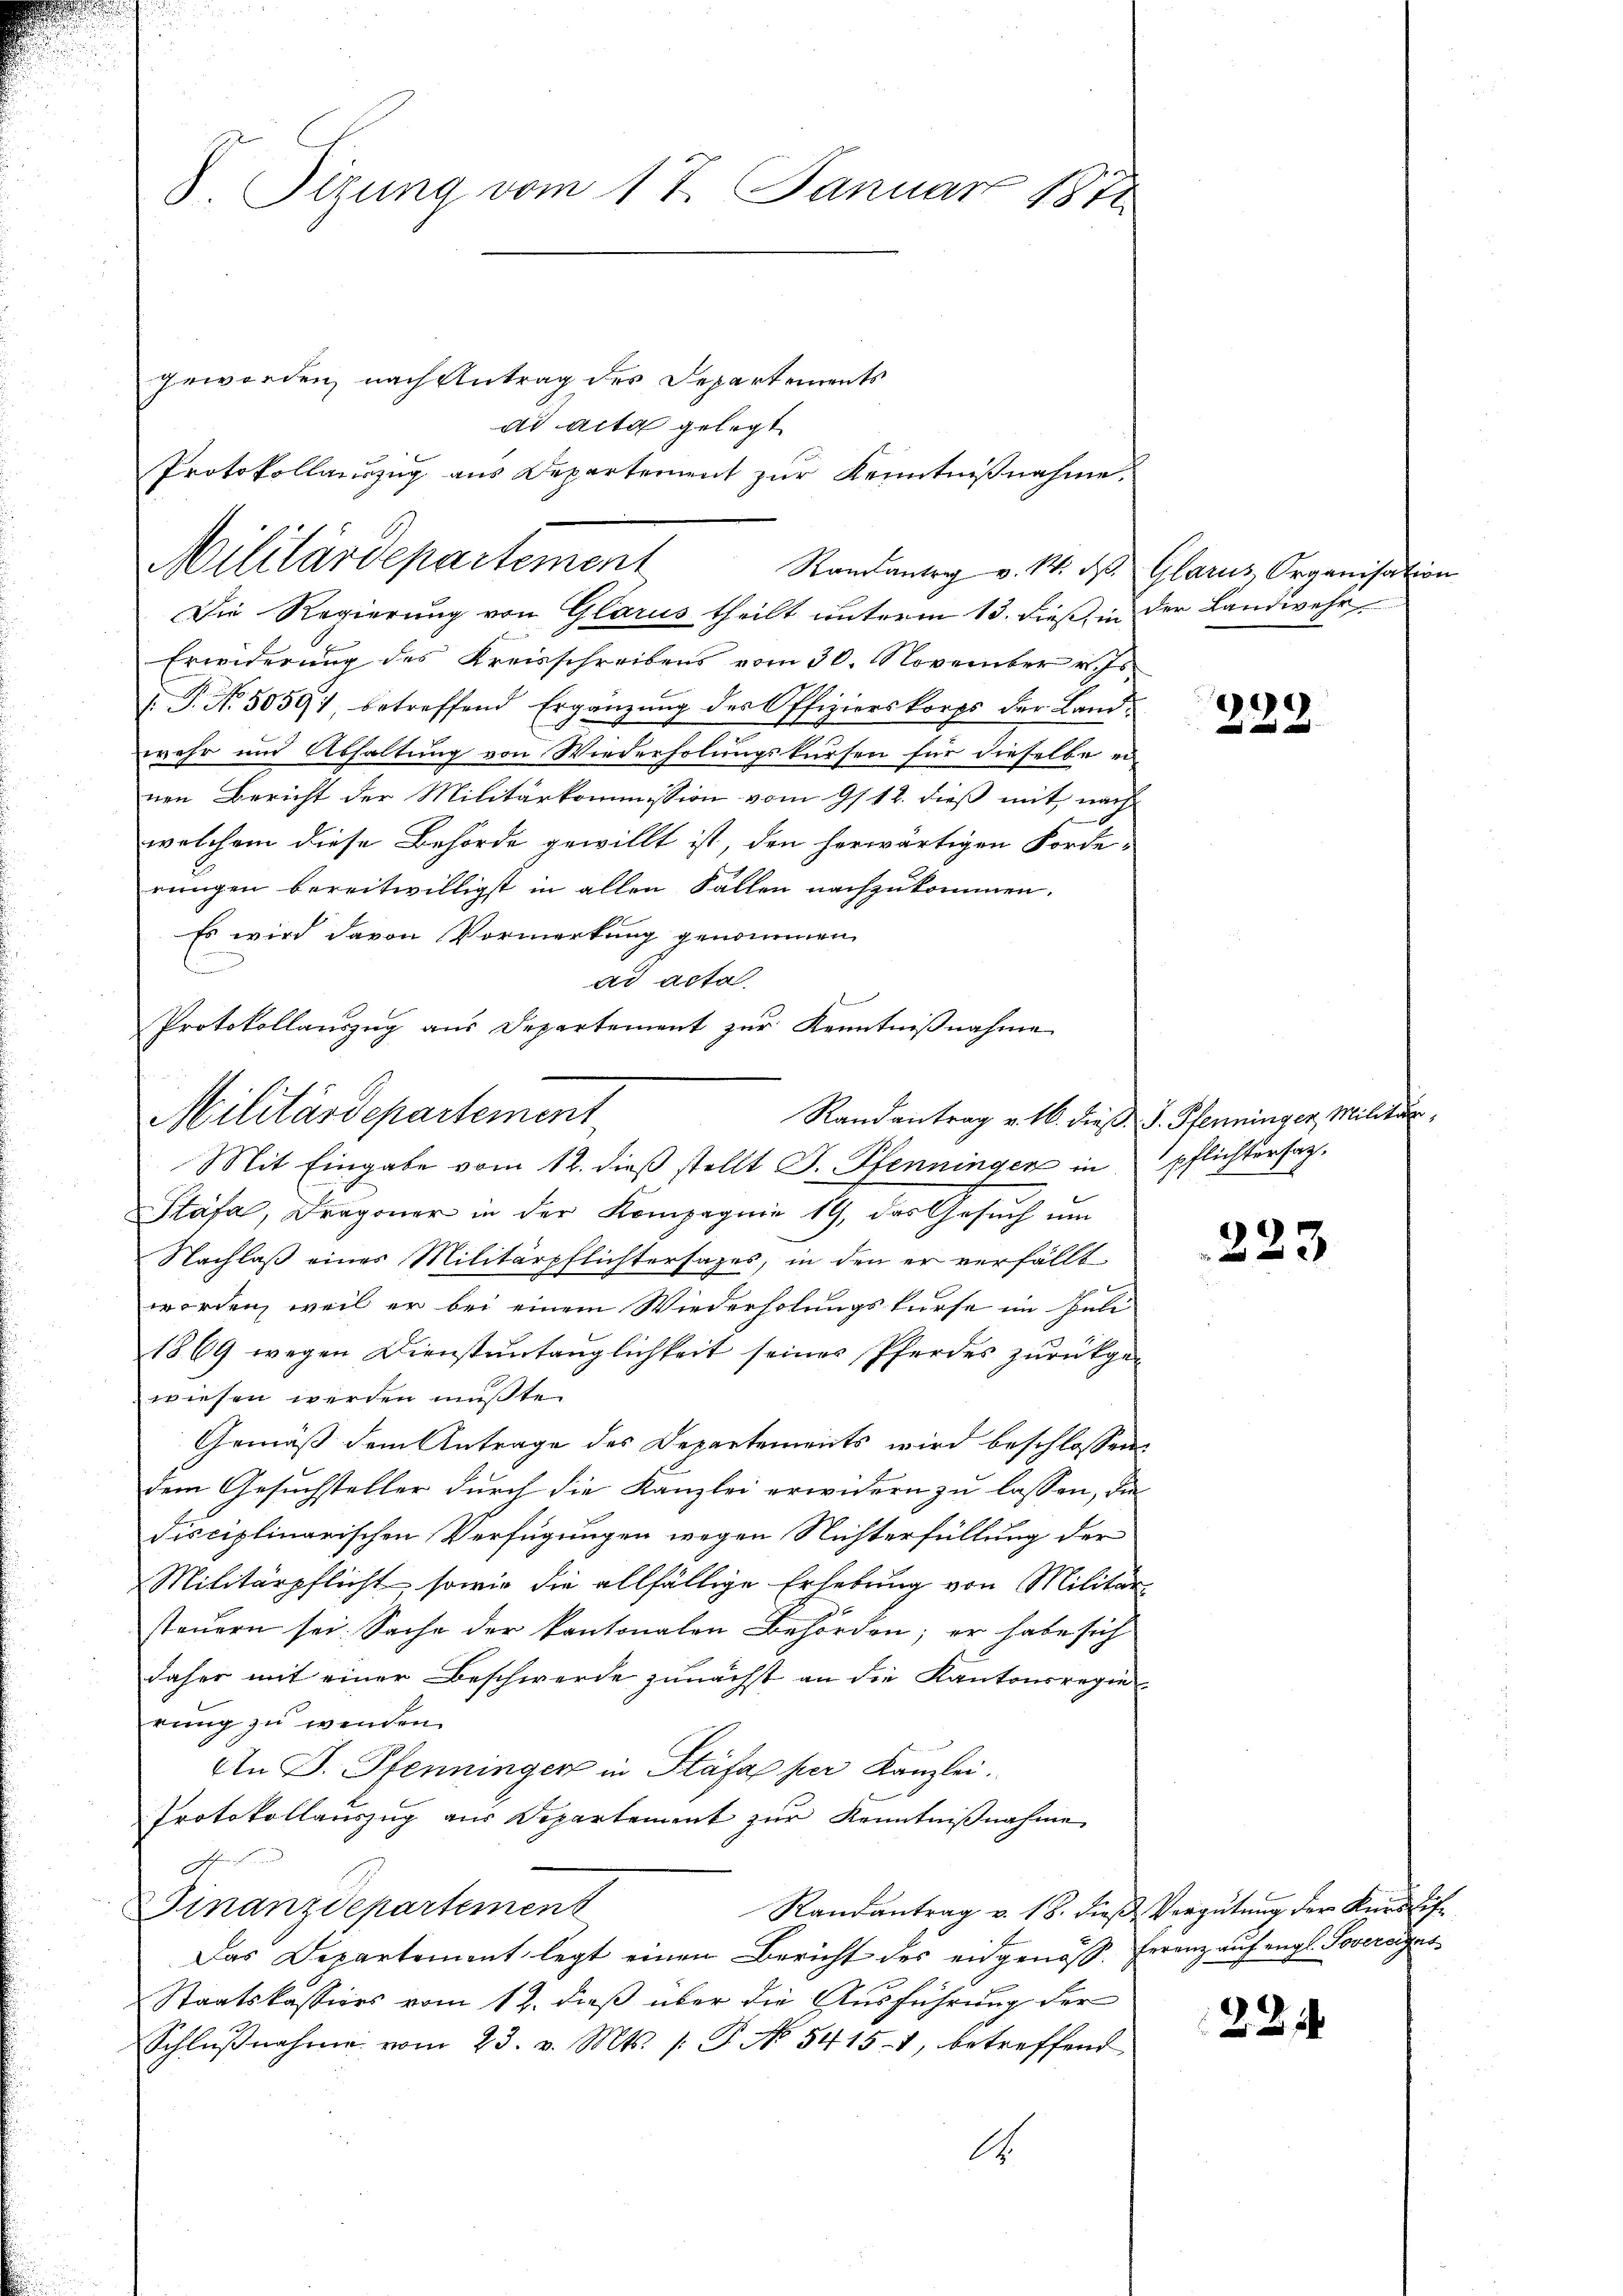
S. Tizung vom 17. Januar 1811

Militärdepartement
Randantrag v. M. des Glarus Organisation

geworden, nach Antrag des Departements
ad acta gelegt
Protokollauszug aus Departement zŭr Kenntniβnahme.

Die Regierung von Glarus theilt unterm 13. dieß, in der Landwehr
Erwiderung des Kreisschreibens vom 30. November v. Js.
( P. Nr. 50591, betreffend Ergänzung des Offizierskorps der Landwehr und Abhaltung von Wiederholungskursen für dieselbe einen Bericht der Militärkommission vom 9/12. dieß mit, nach
welchem diese Behörde gewillt ist, den herwärtigen Forde-
rŭngen bereitwilligst in allen Fallen nachzukommen.
Es wird davon Vormerkung genommen
ad acta
 B
Mit Eingabe vom 12. dieß stellt J. Pfenningen in pflichtersaz¬
Stäfa, Dragoner in der Kompagnie 19, das Gesuch um
Nachlaß eines Militärpflichtersages, in den er verfällt
worden, weil er bei einem Wiederholungskurse im Juli
1869 wegen Dienstuntauglichkeit seines Pferdes zurückgewiesen werden müßte.
Gemäß dem Antrage des Departements wird beschlossen:
dem Gesuchsteller durch die Kanzlei erwidern zu lassen, die
disciplinarischen Verfügungen wegen Nichterfüllung der
Militärpflicht, sowie die allfällige Erhebung von Militär-
steuern sei. Sache der kantonalen Behörden; er habe sich
daher mit einer Beschwerde zunächst an die Kantonsregie
rung zu wenden.
An D. Pfenningen in Stäfa per Kanzlei.
Protokollauszug aus Departement zur Kenntnißnahme
g
Finanzdepartement
Randantrag v. 18. dieß Vergütung der Künstif¬
Das Departement legt einen Bericht des eidgenöss. Franz aŭf engl. Povereiges
Staatskassiers vom 12. dieß über die Ausführung der
Schlŭβnahme vom 23. v. Mts. /: P. No 54151, betreffend
A

Protokollauszug aus Departement zur Kenntniβnahme
Militärdepartement

229.

Randantrag v. 16. dieβ F. Pfenninger Militär,

223

221